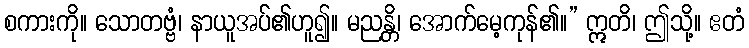
စကားကို။ သောတဗ္ဗံ၊ နာယူအပ်၏ဟူ၍။ မညန္တိ၊ အောက်မေ့ကုန်၏။” ဣတိ၊ ဤသို့။ ဧတံ